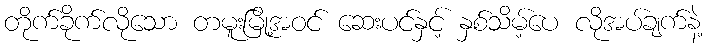
တိုက်ခိုက်လိုသော တမူးမြို့အဝင် ဆေးပင်နှင့် နှစ်သိမ့်ပေ လိုအပ်ချက်နဲ့